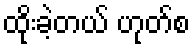
ထိုးခဲ့တယ် ဟုတ်စ